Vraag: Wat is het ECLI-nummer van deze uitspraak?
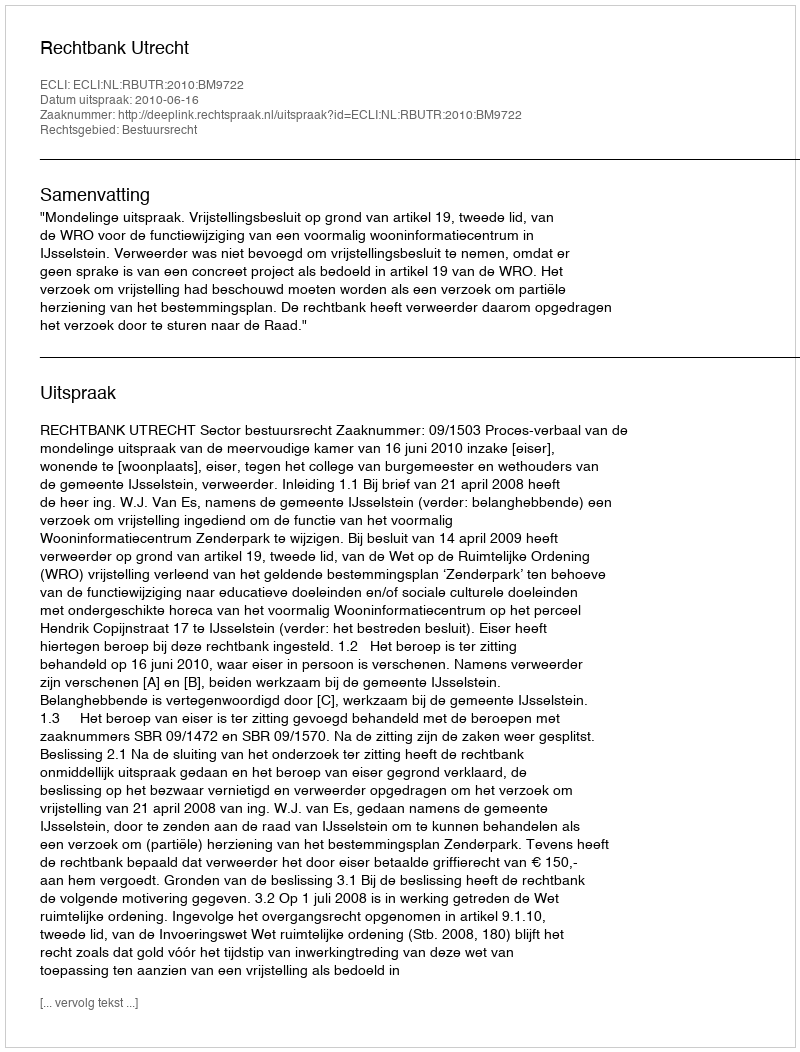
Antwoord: ECLI:NL:RBUTR:2010:BM9722